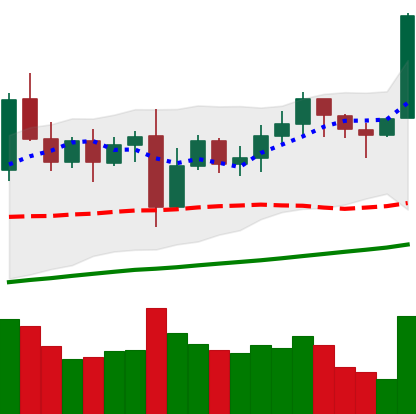
Ticker: LTC-USD
Chart end date: 2021-11-08
Forward return: 12.854%
Label: up_7plus